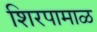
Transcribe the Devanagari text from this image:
शिरपामाळ